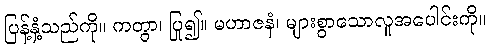
ပြန့်နှံ့သည်ကို။ ကတွာ၊ ပြု၍။ မဟာဇနံ၊ များစွာသောလူအပေါင်းကို။